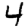
Digit: 4